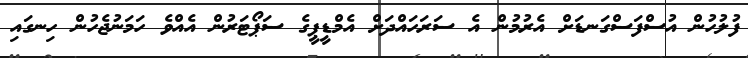
ފުލުހުން އުސްފަސްގަނޑަށް އެރުމުން އެ ސަރަހައްދަށް އެމްޑީޕީގެ ސަޕޯޓަރުން އެއްވެ ހަމަނުޖެހުން ހިނގައި